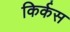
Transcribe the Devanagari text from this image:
किर्कस